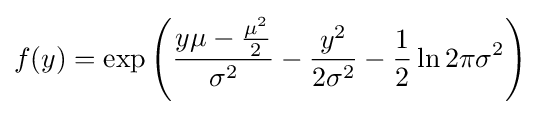
f(y)=\exp \left({\frac {y\mu -{\frac {\mu ^{2}}{2}}}{\sigma ^{2}}}-{\frac {y^{2}}{2\sigma ^{2}}}-{\frac {1}{2}}\ln {2\pi \sigma ^{2}}\right)